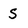
Character: S